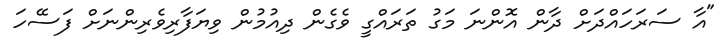
"އާ ސަރަހައްދަށް ދާން އޮންނަ މަގު ތަަރައްގީ ވެގެން ދިއުމުން ވިޔަފާރިވެރިންނަށް ފަސޭހަ